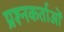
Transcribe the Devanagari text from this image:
प्रश्नकर्ताओं